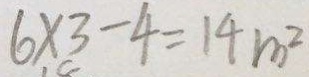
6 \times 3 - 4 = 1 4 m ^ { 2 }